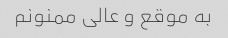
به موقع و عالی ممنونم